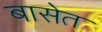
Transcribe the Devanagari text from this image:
बासेत